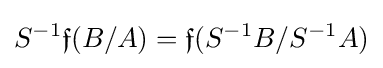
S^{-1}{\mathfrak {f}}(B/A)={\mathfrak {f}}(S^{-1}B/S^{-1}A)